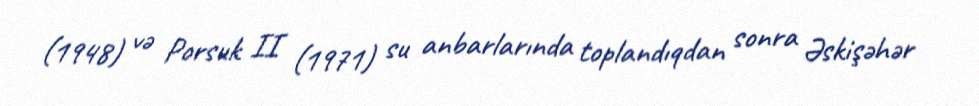
(1948) və Porsuk II (1971) su anbarlarında toplandıqdan sonra Əskişəhər